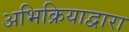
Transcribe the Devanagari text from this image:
अभिक्रियाद्वारा